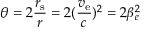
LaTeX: \theta = 2 { \frac { r _ { \mathrm { s } } } { r } } = 2 ( { \frac { v _ { \mathrm { e } } } { c } } ) ^ { 2 } = 2 \beta _ { e } ^ { 2 }